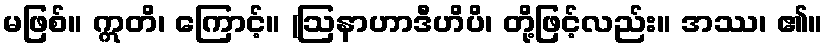
မဖြစ်။ ဣတိ၊ ကြောင့်။ (ဩနာဟာဒီဟိပိ၊ တို့ဖြင့်လည်း။ အဿ၊ ၏။